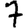
Digit: 7